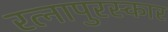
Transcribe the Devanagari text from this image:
रत्नापुरस्कार